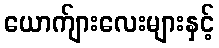
ယောက်ျားလေးများနှင့်